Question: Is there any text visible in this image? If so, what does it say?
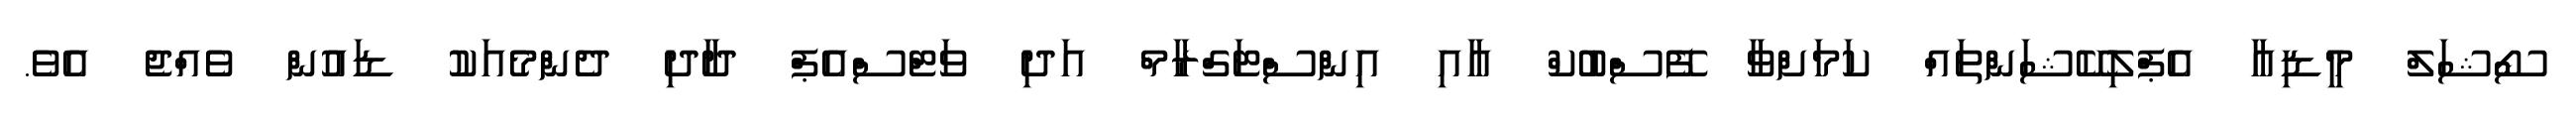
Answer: ސޯޝަލް މީޑިއާ އެޕްލިކޭޝަންތައް ކަމަށްވާ ފޭސްބުކް އާއި އިންސްޓަގްރާމް އަދި ވަޓްސްއެޕް ދާދި ދެންމެއަކު ޑައުން ވެއްޖެ އެވެ.